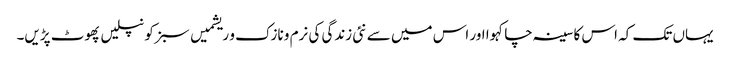
یہاں تک کہ اس کا سینہ چاکہوا اور اس میں سے نئی زندگی کی نرم و نازک و ریشمیں سبز کونپلیں پھوٹ پڑیں۔